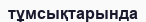
тұмсықтарында